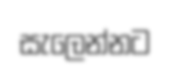
සැලෙන්නට